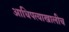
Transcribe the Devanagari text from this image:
आधिपत्याखालीच